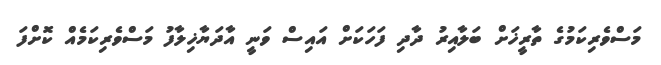
މަސްވެރިކަމުގެ ތާރީޚަށް ބަލާއިރު ދާދި ފަހަކަށް އައިސް ވަނީ އާދަޔާޚިލާފު މަސްވެރިކަމެއް ކޮށްފަ